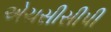
એચસીસીપી